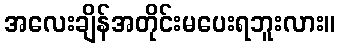
အလေးချိန်အတိုင်းမပေးရဘူးလား။